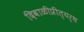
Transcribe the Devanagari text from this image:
दिवाळीप्रीत्यर्थ